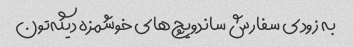
به زودی سفارش ساندویچ‌های خوشمزه دیگه‌تون